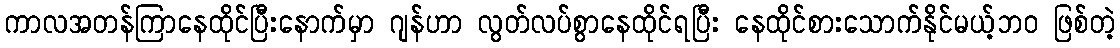
ကာလအတန်ကြာနေထိုင်ပြီးနောက်မှာ ဂျန်ဟာ လွတ်လပ်စွာနေထိုင်ရပြီး နေထိုင်စားသောက်နိုင်မယ့်ဘဝ ဖြစ်တဲ့